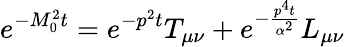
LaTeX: e^{-M_{0}^{2}t}=e^{-p^{2}t}T_{\mu\nu}+e^{-\frac{p^{4}t}{\alpha^{2}}}L_{\mu\nu}